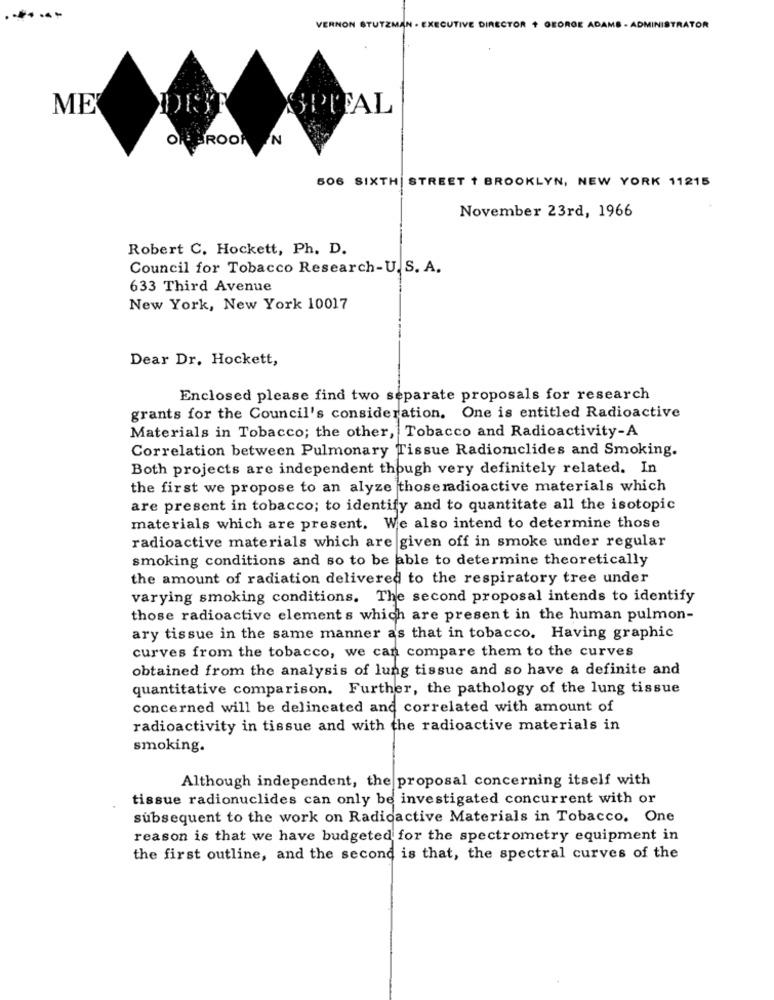
VERNON STUTZMAN . EXECUTIVE DIRECTOR + GEORGE ADAMS - ADMINISTRATOR
ME
DIST
OSPITAL
OR BROOKEIN
506 SIXTH STREET 1 BROOKLYN, NEW YORK 11215
November 23rd, 1966
Robert C. Hockett, Ph. D.
Council for Tobacco Research-U. S. A.
633 Third Avenue
New York, New York 10017
Dear Dr. Hockett,
Enclosed please find two separate proposals for research
grants for the Council's consideration. One is entitled Radioactive
Materials in Tobacco; the other, Tobacco and Radioactivity-A
Correlation between Pulmonary Tissue Radionuclides and Smoking.
Both projects are independent though very definitely related. In
the first we propose to an alyze thoseradioactive materials which
are present in tobacco; to identify and to quantitate all the isotopic
materials which are present. We also intend to determine those
radioactive materials which are given off in smoke under regular
smoking conditions and so to be able to determine theoretically
the amount of radiation delivered to the respiratory tree under
varying smoking conditions. The second proposal intends to identify
those radioactive elements which are present in the human pulmon-
ary tissue in the same manner as that in tobacco. Having graphic
curves from the tobacco, we can compare them to the curves
obtained from the analysis of lung tissue and so have a definite and
quantitative comparison. Further, the pathology of the lung tissue
concerned will be delineated and correlated with amount of
radioactivity in tissue and with the radioactive materials in
smoking.
Although independent, the proposal concerning itself with
tissue radionuclides can only be investigated concurrent with or
subsequent to the work on Radioactive Materials in Tobacco. One
reason is that we have budgeted for the spectrometry equipment in
the first outline, and the second is that, the spectral curves of the